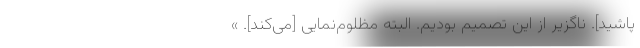
‌پاشید]. ناگزیر از این تصمیم بودیم. البته مظلوم‌نمایی [می‌کند]. »